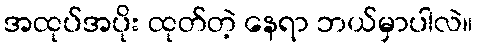
အထုပ်အပိုး ထုတ်တဲ့ နေရာ ဘယ်မှာပါလဲ။